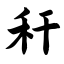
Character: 秆